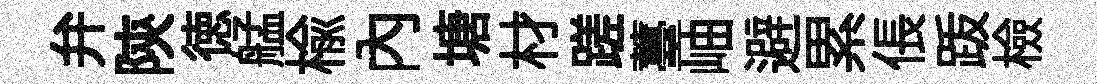
弁陝徳艋榆内塘材蹉薹岫避累倀䟦檢